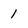
Character: 1